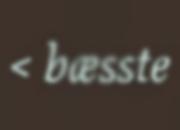
< bæsste